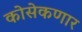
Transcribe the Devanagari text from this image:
कोसेकणार